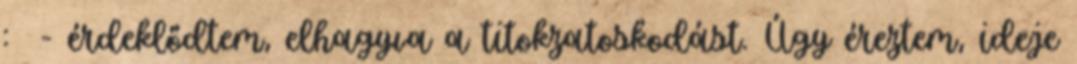
: - érdeklődtem, elhagyva a titokzatoskodást. Úgy éreztem, ideje